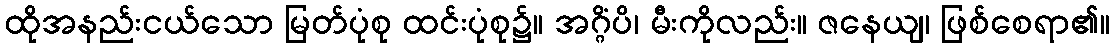
ထိုအနည်းငယ်သော မြတ်ပုံစု ထင်းပုံစု၌။ အဂ္ဂိံပိ၊ မီးကိုလည်း။ ဇနေယျ၊ ဖြစ်စေရာ၏။